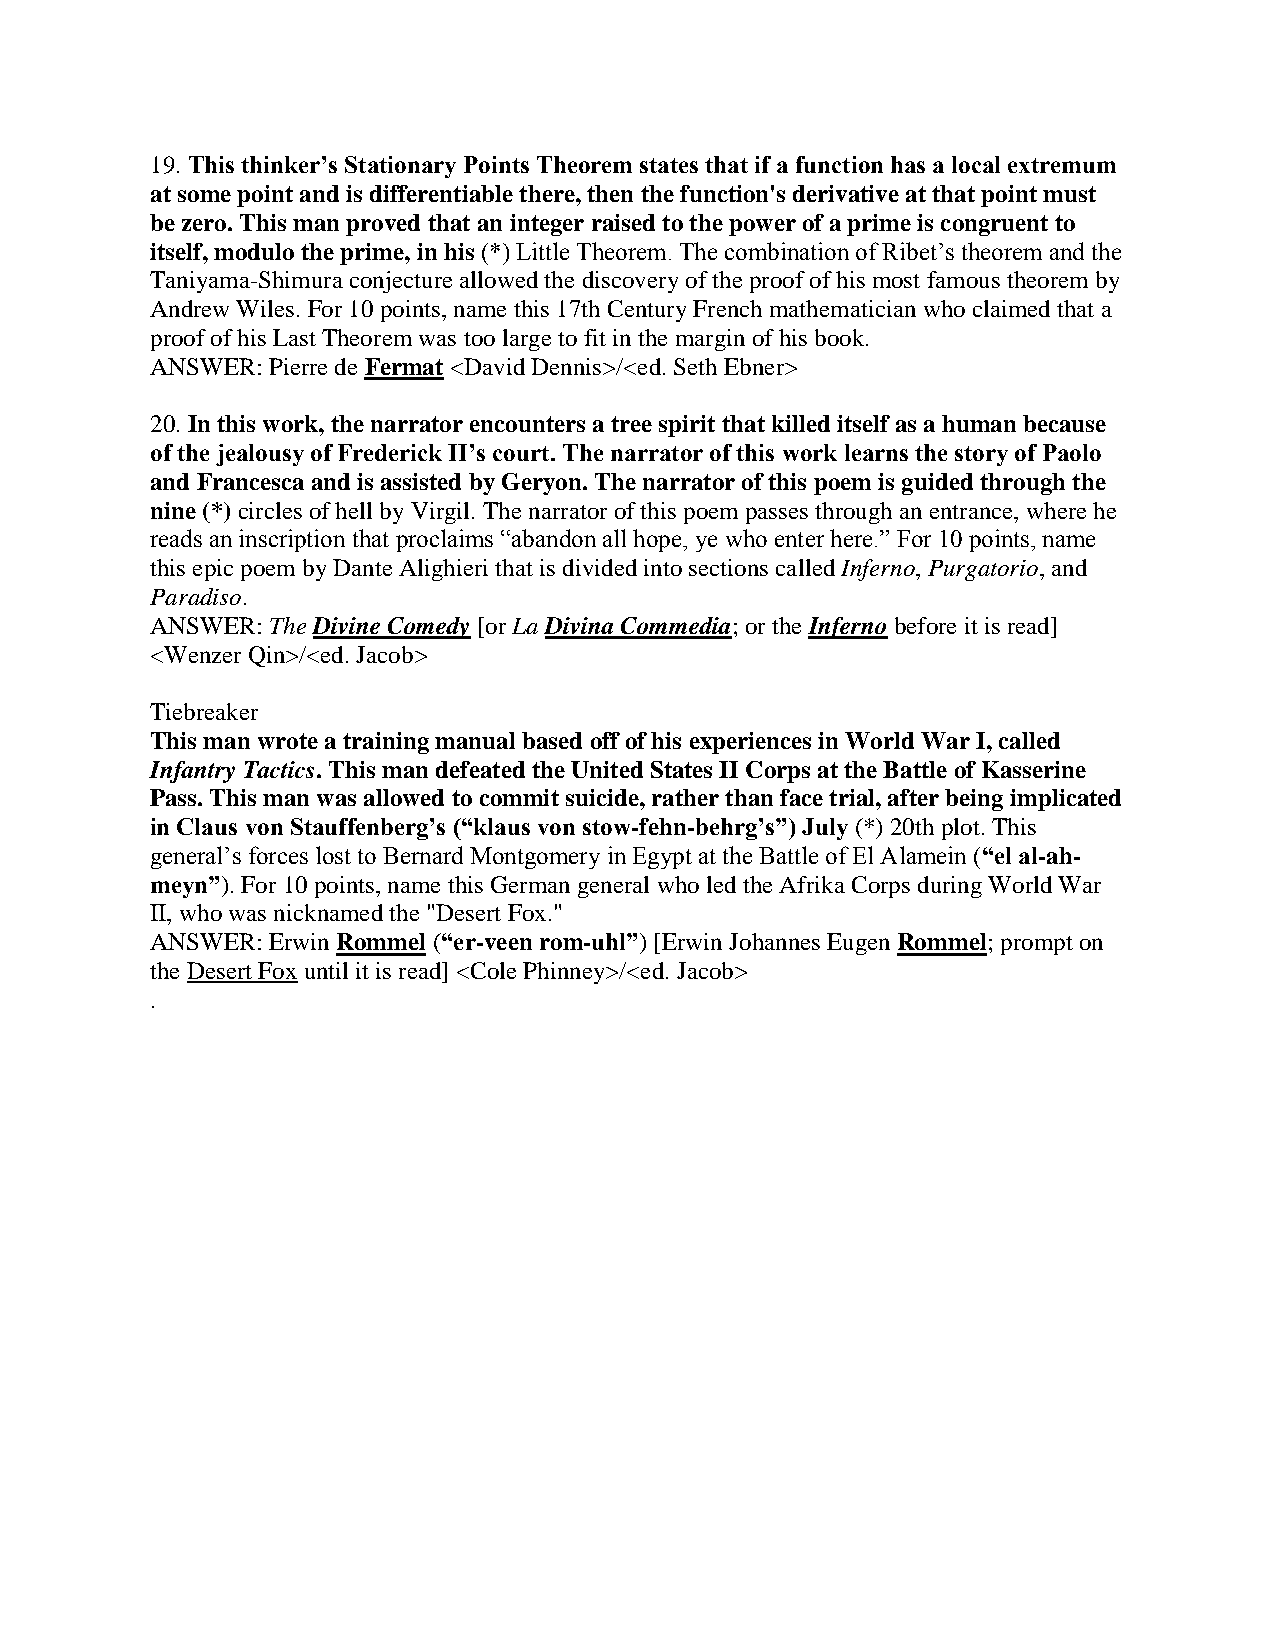
19. This thinker’s Stationary Points Theorem states that if a function has a local extremum
 at some point and is differentiable there, then the function's derivative at that point must
 be zero. This man proved that an integer raised to the power of a prime is congruent to
 itself, modulo the prime, in his (*) Little Theorem. The combination of Ribet’s theorem and the
 Taniyama-Shimura conjecture allowed the discovery of the proof of his most famous theorem by
 Andrew Wiles. For 10 points, name this 17th Century French mathematician who claimed that a
 proof of his Last Theorem was too large to fit in the margin of his book.
 ANSWER: Pierre de Fermat <David Dennis>/<ed. Seth Ebner>
 20. In this work, the narrator encounters a tree spirit that killed itself as a human because
 of the jealousy of Frederick II’s court. The narrator of this work learns the story of Paolo
 and Francesca and is assisted by Geryon. The narrator of this poem is guided through the
 nine (*) circles of hell by Virgil. The narrator of this poem passes through an entrance, where he
 reads an inscription that proclaims “abandon all hope, ye who enter here.” For 10 points, name
 this epic poem by Dante Alighieri that is divided into sections called Inferno, Purgatorio, and
 Paradiso.
 ANSWER: The Divine Comedy [or La Divina Commedia; or the Inferno before it is read]
 <Wenzer Qin>/<ed. Jacob>
 Tiebreaker
 This man wrote a training manual based off of his experiences in World War I, called
 Infantry Tactics. This man defeated the United States II Corps at the Battle of Kasserine
 Pass. This man was allowed to commit suicide, rather than face trial, after being implicated
 in Claus von Stauffenberg’s (“klaus von stow-fehn-behrg’s”) July (*) 20th plot. This
 general’s forces lost to Bernard Montgomery in Egypt at the Battle of El Alamein (“el al-ah-
 meyn”). For 10 points, name this German general who led the Afrika Corps during World War
 II, who was nicknamed the "Desert Fox."
 ANSWER: Erwin Rommel (“er-veen rom-uhl”) [Erwin Johannes Eugen Rommel; prompt on
 the Desert Fox until it is read] <Cole Phinney>/<ed. Jacob>
 .